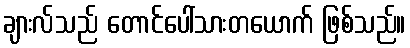
ချားလ်သည် တောင်ပေါ်သားတယောက် ဖြစ်သည်။